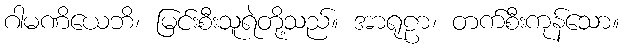
ဂါမဏိယေဘိ၊ မြင်းစီးသူရဲတို့သည်။ အာရုဠာ၊ တက်စီးကုန်သော။